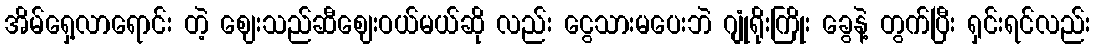
အိမ်ရှေ့လာရောင်း တဲ့ ဈေးသည်ဆီဈေးဝယ်မယ်ဆို လည်း ငွေသားမပေးဘဲ ဂျုံရိုးကြိုး ခွေနဲ့ တွက်ပြီး ရှင်းရင်လည်း